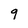
Character: 9